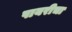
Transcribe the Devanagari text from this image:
पायरीचा